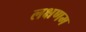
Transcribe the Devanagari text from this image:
लक्षणम